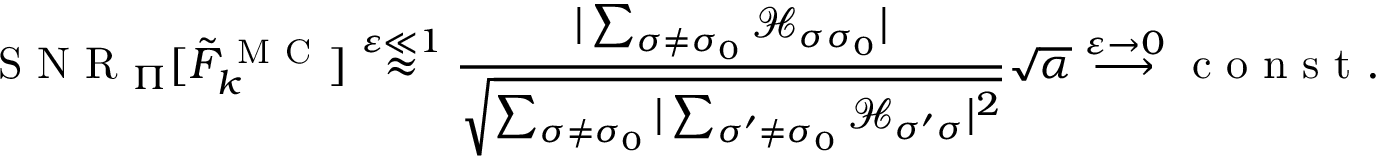
\mathrm { ~ S ~ N ~ R ~ } _ { \Pi } [ \tilde { F } _ { k } ^ { \mathrm { ~ M ~ C ~ } } ] \stackrel { \varepsilon \ll 1 } { \approx } \frac { | \sum _ { \sigma \neq \sigma _ { 0 } } \mathcal { H } _ { \sigma \sigma _ { 0 } } | } { \sqrt { \sum _ { \sigma \neq \sigma _ { 0 } } | \sum _ { \sigma ^ { \prime } \neq \sigma _ { 0 } } \mathcal { H } _ { \sigma ^ { \prime } \sigma } | ^ { 2 } } } \sqrt { \alpha } \stackrel { \varepsilon \rightarrow 0 } { \longrightarrow } \mathrm { ~ c ~ o ~ n ~ s ~ t ~ . ~ }